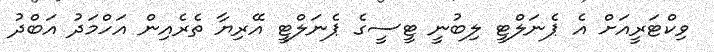
ވިކްޓަރީއަށް އެ ޕެނަލްޓީ ލިބުނީ ޓީސީގެ ޕެނަލްޓީ އޭރިޔާ ތެރެއިން އަހްމަދު އަބްދު